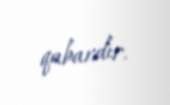
qabardır.